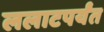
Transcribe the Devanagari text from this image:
ललाटपर्यंत